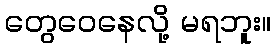
တွေဝေနေလို့ မရဘူး။